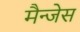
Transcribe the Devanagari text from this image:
मैन्जेस